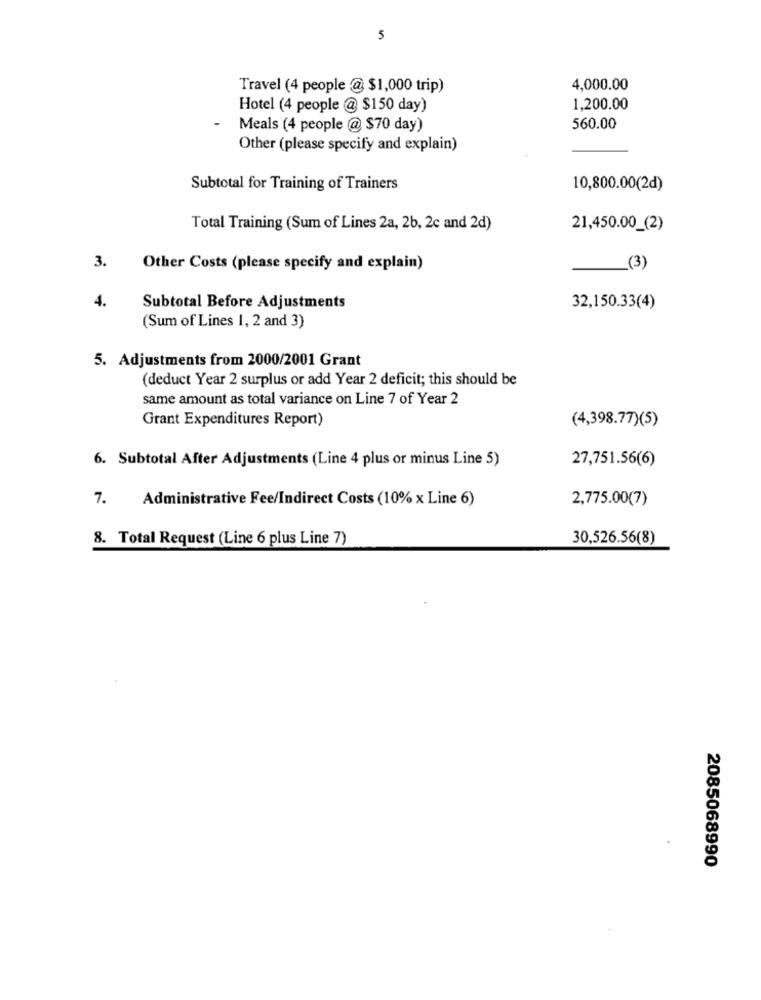
5
Travel (4 people @ $1,000 trip)
4,000.00
Hotel (4 people @ $150 day)
1,200.00
Meals (4 people @ $70 day)
560.00
Other (please specify and explain)
Subtotal for Training of Trainers
10,800.00(2d)
Total Training (Sum of Lines 2a, 2b, 2c and 2d)
21,450.00_(2)
3.
Other Costs (please specify and explain)
(3)
4.
Subtotal Before Adjustments
32,150.33(4)
(Sum of Lines 1, 2 and 3)
5. Adjustments from 2000/2001 Grant
(deduct Year 2 surplus or add Year 2 deficit; this should be
same amount as total variance on Line 7 of Year 2
Grant Expenditures Report)
(4,398.77)(5)
6. Subtotal After Adjustments (Line 4 plus or minus Line 5)
27,751.56(6)
7.
Administrative Fee/Indirect Costs (10% x Line 6)
2,775.00(7)
8. Total Request (Line 6 plus Line 7)
30,526.56(8)
2085068990